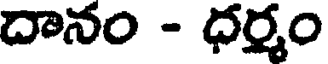
దానం - ధర్మం